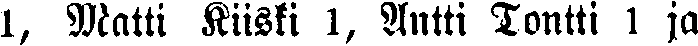
1, Matti Kiiski 1, Antti Tontti 1 ja